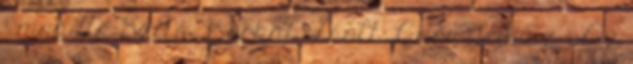
– mondta Szita. Borkai Zsolt, Győr Fidesz : Az